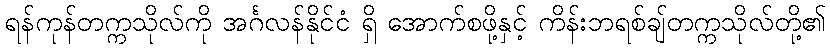
ရန်ကုန်တက္ကသိုလ်ကို အင်္ဂလန်နိုင်ငံ ရှိ အောက်စဖို့နှင့် ကိန်းဘရစ်ချ်တက္ကသိုလ်တို့၏